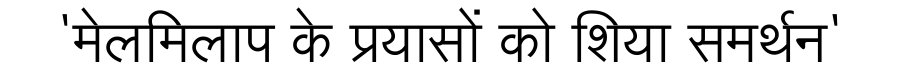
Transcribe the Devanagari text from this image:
'मेलमिलाप के प्रयासों को शिया समर्थन'